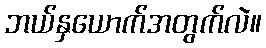
ဘယ်နှယောက်အတွက်လဲ။